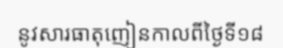
នូវសារធាតុញៀនកាលពីថ្ងៃទី១៨